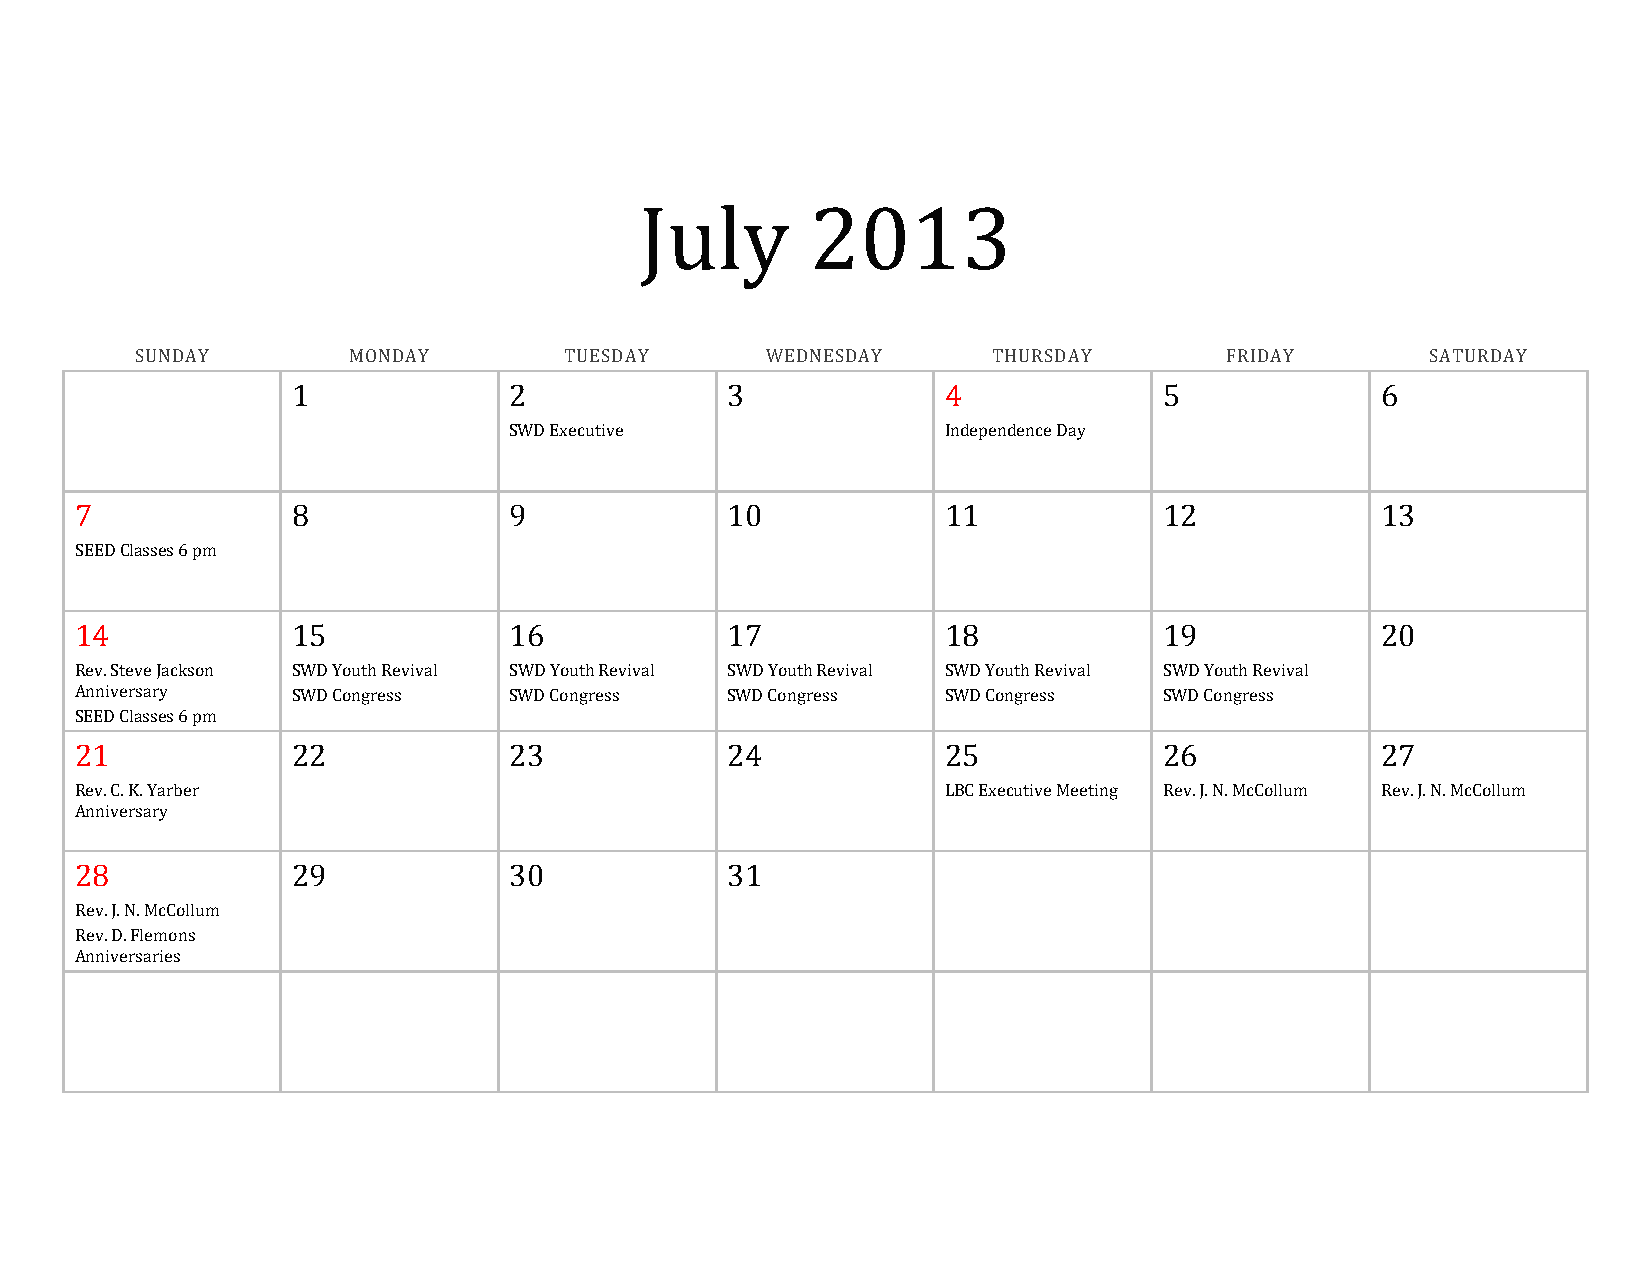
July        2013
 SUNDAY        MONDAY        TUESDAY       WEDNESDAY      THURSDAY       FRIDAY        SATURDAY
 1              2             3              4             5             6
 SWD Executive                Independence Day
 7             8              9             10             11            12            13
 SEED Classes 6 pm
 14            15             16            17             18            19            20
 Rev. Steve Jackson SWD Youth Revival SWD Youth Revival SWD Youth Revival SWD Youth Revival SWD Youth Revival
 Anniversary   SWD Congress   SWD Congress  SWD Congress   SWD Congress  SWD Congress
 SEED Classes 6 pm
 21            22             23            24             25            26            27
 Rev. C. K. Yarber                                         LBC Executive Meeting Rev. J. N. McCollum Rev. J. N. McCollum
 Anniversary
 28            29             30            31
 Rev. J. N. McCollum
 Rev. D. Flemons
 Anniversaries